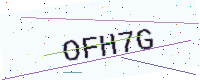
Text: OFH7G